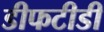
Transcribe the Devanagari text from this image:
डीफटीडी